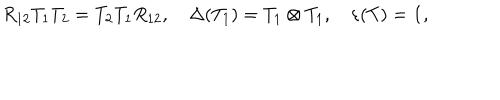
LaTeX: R _ { 1 2 } T _ { 1 } T _ { 2 } = T _ { 2 } T _ { 1 } R _ { 1 2 } , \Delta ( T _ { 1 } ) = T _ { 1 } \otimes T _ { 1 } , \varepsilon ( T ) = { \bf 1 } ,